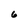
Character: 6